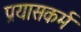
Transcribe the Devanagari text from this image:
प्रयासकर्म